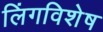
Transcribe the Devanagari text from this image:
लिंगविशेष